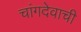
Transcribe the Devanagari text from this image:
चांगदेवाची